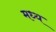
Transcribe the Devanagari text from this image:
मध्य